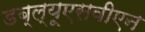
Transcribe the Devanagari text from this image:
डब्ल्यूएसवीएन